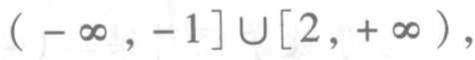
\((-\infty,-1]\cup[2,+\infty)\)